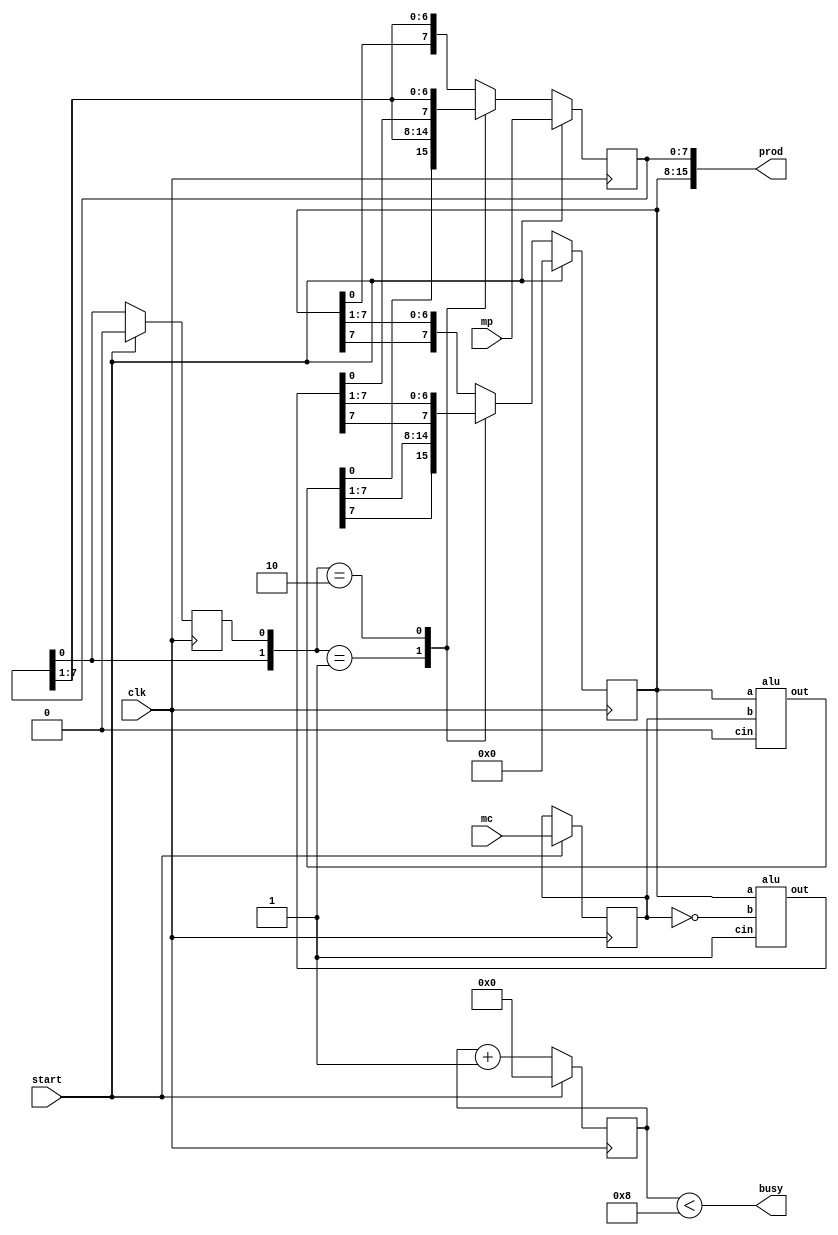
module multiplier(prod, busy, mc, mp, clk, start);
output [15:0] prod;
output busy;
input [7:0] mc, mp;
input clk, start;
reg [7:0] A, Q, M;
reg Q_1;
reg [3:0] count;
wire [7:0] sum, difference;
always @(posedge clk)
begin
 if (start) begin
 A <= 8'b0;
 M <= mc;
 Q <= mp;
 Q_1 <= 1'b0;
 count <= 4'b0;
 end
 else begin
 case ({Q[0], Q_1})
 2'b0_1 : {A, Q, Q_1} <= {sum[7], sum, Q};
 2'b1_0 : {A, Q, Q_1} <= {difference[7], difference, Q};
 default: {A, Q, Q_1} <= {A[7], A, Q};
 endcase
 count <= count + 1'b1;
 end
end
alu adder (sum, A, M, 1'b0);
alu subtracter (difference, A, ~M, 1'b1);
assign prod = {A, Q};
assign busy = (count < 8);
endmodule
//The following is an alu.
//It is an adder, but capable of subtraction:
//Recall that subtraction means adding the two's complement--
//a - b = a + (-b) = a + (inverted b + 1)
//The 1 will be coming in as cin (carry-in)
module alu(out, a, b, cin);
output [7:0] out;
input [7:0] a;
input [7:0] b;
input cin;
assign out = a + b + cin;
endmodule